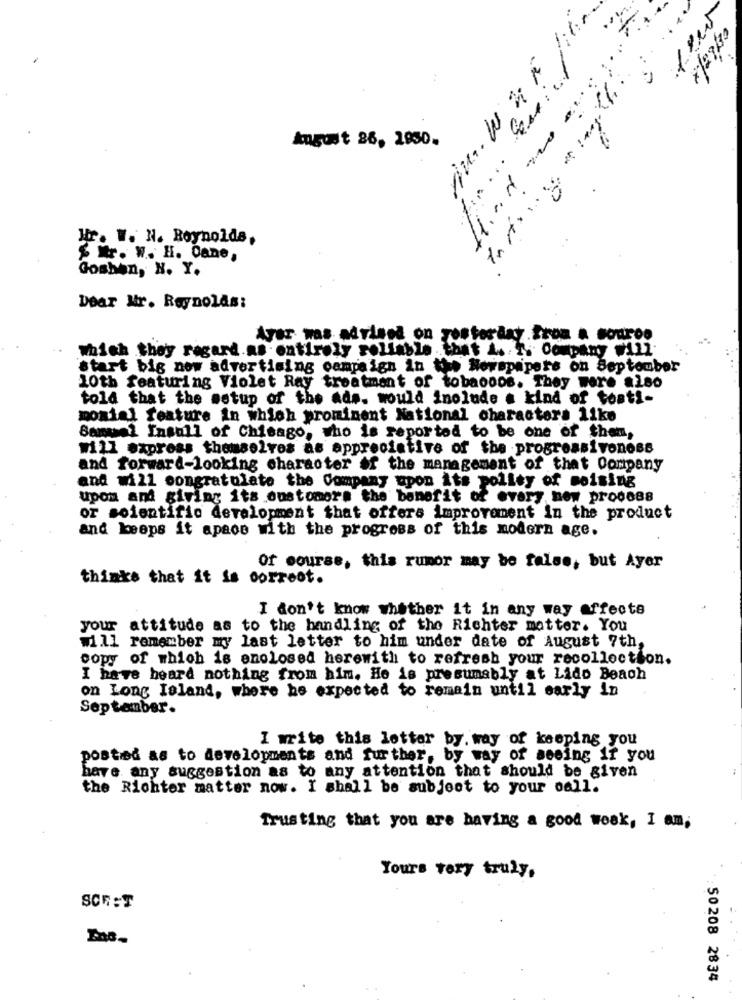
:
August 26, 1950.
v & many
Hir. W. N. Reynolds,
$ W. W. H. Cane,
Goshen, N. Y.
Dear Mr. Reynolds:
Ayer was advised on yesterday .from & souroo
which they regard.as entirely reliable. that A. T. Company Will
start big now advertising campaign in the Newspapers on Septouber
10th featuring Violet Ray treatment of tobaoods. They were also
told that the setup of the ads. would include a kind of tosti-
monial feature in which prominent National characters like
Samuel Insull of Chicago, who is reported to be one of them,
will express themselves as appreciative of the progressivonoss
and forward-looking character of the management of that Company
and will congratulate the Company upon its polity of moising
upom and giving its customers the benefit of every now process
or soientific development that offers improvement in the product
and keeps it apaco with the progress of this modern age.
Of course, this rumor may be false, but Ayer
thinks that it is correot.
I don't know whether it in any way affects
your attitude as to the handling of the Richter matter. You
will remember my last letter to him under date of August 7th,
copy of which is enclosed herewith to refresh your recollection.
I have heard nothing from him. He is presumably at Lido Beach
on Long Island, where he expected to remain until early in
September.
I write this letter by, way of keeping you
posted as to developments and further, by way of seeing if you
have any suggestion as to any attention that should be given
the Richter matter now. I shall be subject to your oall.
Trusting that you are having a good week, I am;
Yours very truly,
SCEST
50208 2834